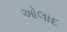
ઓલાદ